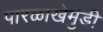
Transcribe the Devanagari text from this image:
पारळाखेमुंडी